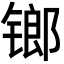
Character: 𨱍